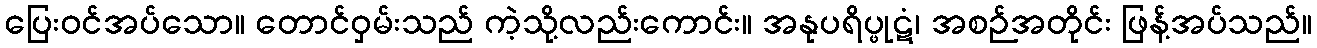
ပြေးဝင်အပ်သော။ တောင်ဝှမ်းသည် ကဲ့သို့လည်းကောင်း။ အနုပရိပ္ဖုဋံ၊ အစဉ်အတိုင်း ဖြန့်အပ်သည်။